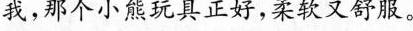
我，那个小熊玩具正好，柔软又舒服。